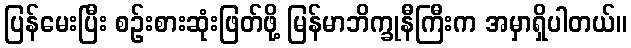
ပြန်မေးပြီး စဉ်းစားဆုံးဖြတ်ဖို့ မြန်မာဘိက္ခုနီကြီးက အမှာရှိပါတယ်။